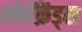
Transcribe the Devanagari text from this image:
लोवेंक्रेंड्स